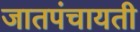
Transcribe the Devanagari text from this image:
जातपंचायती